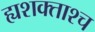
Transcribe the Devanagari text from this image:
ह्यशक्ताश्च